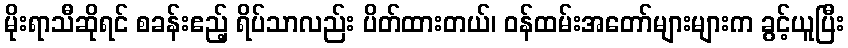
မိုးရာသီဆိုရင် စခန်းဧည့် ရိပ်သာလည်း ပိတ်ထားတယ်၊ ဝန်ထမ်းအတော်များများက ခွင့်ယူပြီး